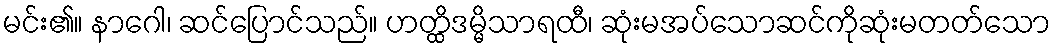
မင်း၏။ နာဂေါ၊ ဆင်ပြောင်သည်။ ဟတ္ထိဒမ္မိသာရထီ၊ ဆုံးမအပ်သောဆင်ကိုဆုံးမတတ်သော